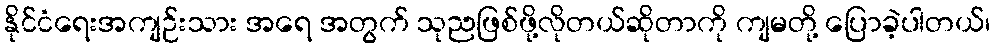
နိုင်ငံရေးအကျဉ်းသား အရေ အတွက် သုညဖြစ်ဖို့လိုတယ်ဆိုတာကို ကျမတို့ ပြောခဲ့ပါတယ်၊